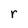
Character: r